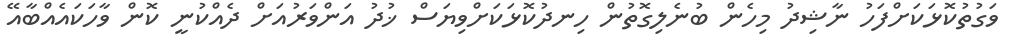
ވަގުތުކޮޅަކަށްފަހު ނާޝިދު މިހެން ބުނެލިގޮތުން ހިނދުކޮޅަކަށްވިޔަސް ޚުދު އަންވަރުއަށް ދެއްކުނީ ކޮން ވާހަކައެއްބާއޭ